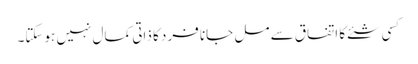
کسی شئے کا اتفاق سے مل جانا فرد کا ذاتی کمال نہیں ہوسکتا۔